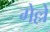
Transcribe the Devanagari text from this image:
गेल्लें